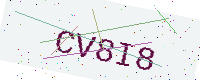
Text: CV8I8